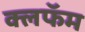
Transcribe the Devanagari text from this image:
क्लफॅम